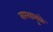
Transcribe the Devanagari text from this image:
वारशामुळे